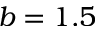
b = 1 . 5